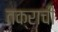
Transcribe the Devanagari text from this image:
तक्राची